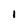
Character: I